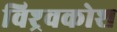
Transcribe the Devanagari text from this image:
विश्र्वकोश